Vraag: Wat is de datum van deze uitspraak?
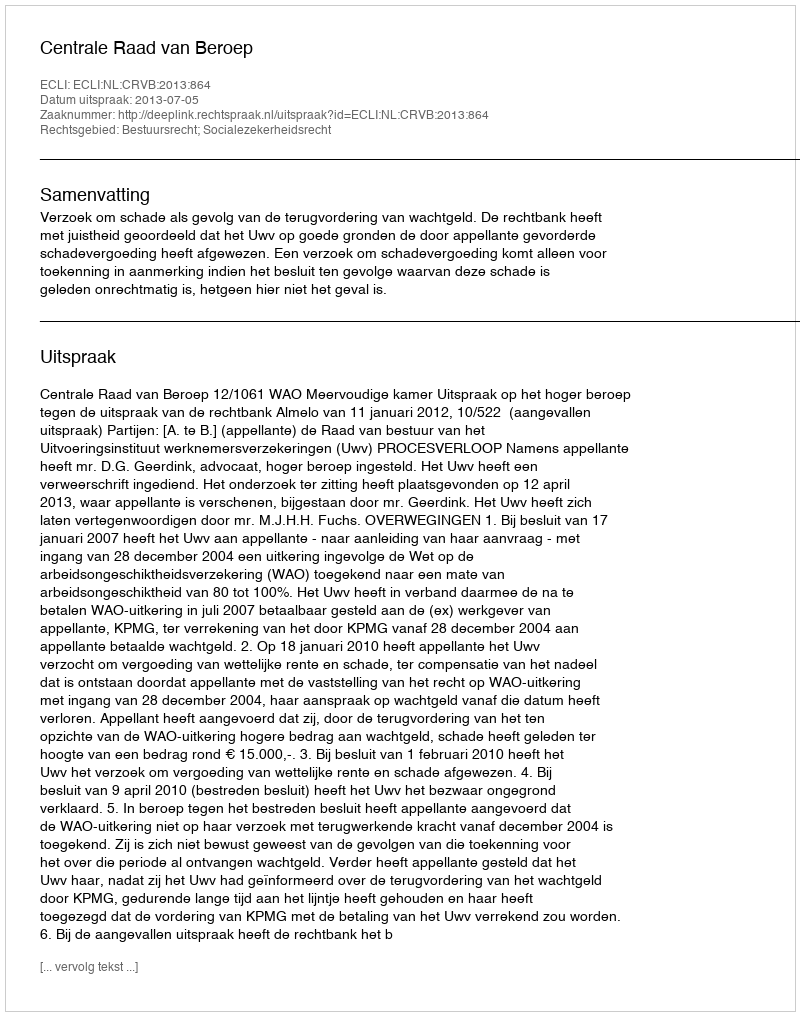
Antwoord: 2013-07-05